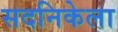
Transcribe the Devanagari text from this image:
सदनिकेला